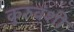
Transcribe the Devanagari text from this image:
कुरुवंशी